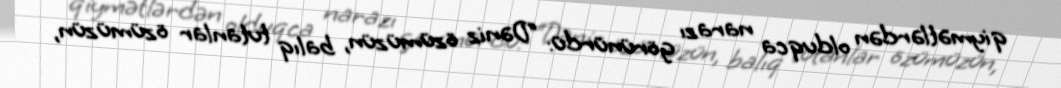
qiymətlərdən olduqca narazı görünürdü: “Dəniz özümüzün, balıq tutanlar özümüzün,